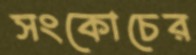
সংকোচের